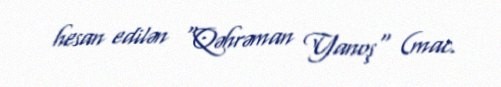
hesan edilən "Qəhrəman Yanoş" (mac.